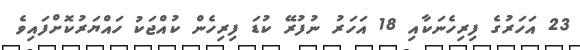
23 އަހަރުގެ ފިރިހެނަކާއި 18 އަހަރު ނުފުރޭ ކުޑަ ފިރިހެން ކުއްޖަކު ހައްޔަރުކޮށްފައިވެ